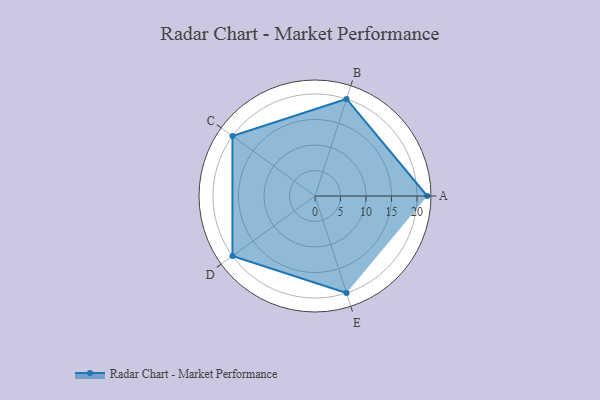
{"axis": {"x": "Skill", "y": "Score"}, "legend": ["Profile"], "data": [{"x": "A", "y": 22.0, "type": "Profile"}, {"x": "B", "y": 20.0, "type": "Profile"}, {"x": "C", "y": 20, "type": "Profile"}, {"x": "D", "y": 20, "type": "Profile"}, {"x": "E", "y": 20, "type": "Profile"}]}